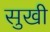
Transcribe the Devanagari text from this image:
सुखी